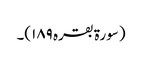
(سورۃ بقرہ ۱۸۹)۔